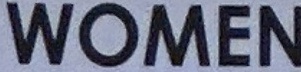
WOMEN